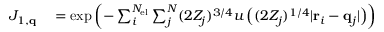
\begin{array} { r l } { J _ { 1 , \mathbf { q } } } & { { } = \exp \left( - \sum _ { i } ^ { N _ { \mathrm { e l } } } \sum _ { j } ^ { N } ( 2 Z _ { j } ) ^ { 3 / 4 } u \left( ( 2 Z _ { j } ) ^ { 1 / 4 } | \mathbf { r } _ { i } - \mathbf { q } _ { j } | \right) \right) } \end{array}